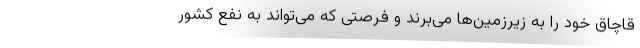
قاچاق خود را به زیرزمین‌ها می‌برند و فرصتی که می‌تواند به نفع کشور